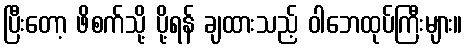
ပြီးတော့ ဖိစက်သို့ ပို့ရန် ချထားသည့် ဝါဘေထုပ်ကြီးများ။